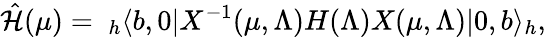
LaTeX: \hat{{\cal H}}(\mu)=~_{h}\langle b,0|X^{-1}(\mu,\Lambda)H(\Lambda)X(\mu,\Lambda)|0,b\rangle_{h},